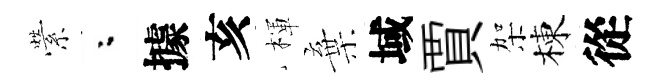
縈粉據亥楎棄域賈架棟從